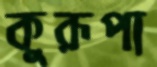
কুরূপা